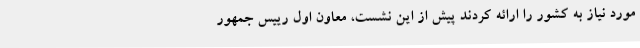
مورد نیاز به کشور را ارائه کردند پیش از این نشست، معاون اول رییس جمهور